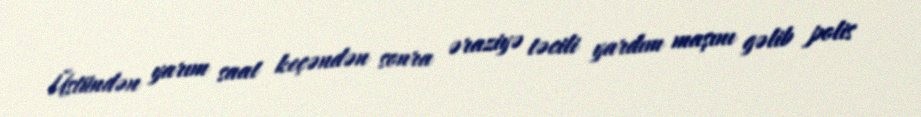
Üstündən yarım saat keçəndən sonra əraziyə təcili yardım maşını gəlib polis